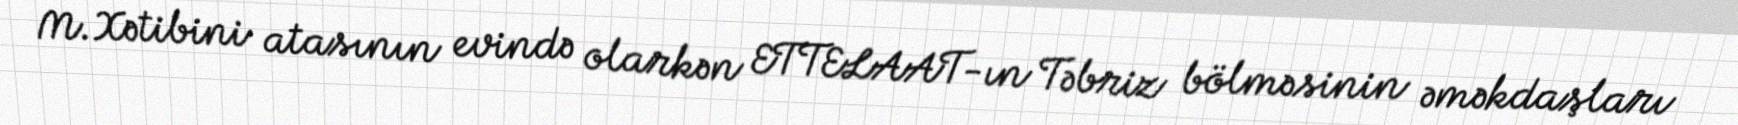
M.Xətibini atasının evində olarkən ETTELAAT-ın Təbriz bölməsinin əməkdaşları